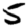
Digit: 5